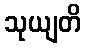
သုယျတိ